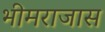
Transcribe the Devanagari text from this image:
भीमराजास